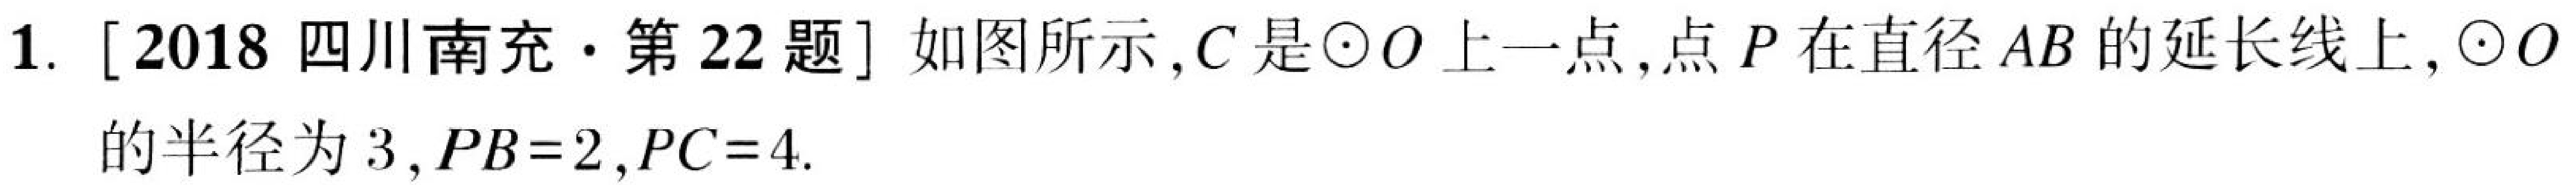
1. [2018 四川南充·第 22 题] 如图所示,$C$是$\odot O$上一点,点$P$在直径$AB$的延长线上,$\odot O$
的半径为$3$,$PB = 2$,$PC = 4$.